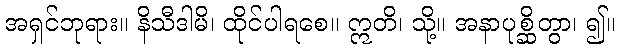
အရှင်ဘုရား။ နိသီဒါမိ၊ ထိုင်ပါရစေ။ ဣတိ၊ သို့။ အနာပုစ္ဆိတွာ၊ ၍။